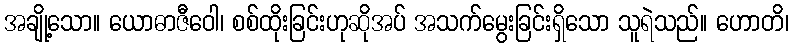
အချို့သော။ ယောဓာဇီဝေါ၊ စစ်ထိုးခြင်းဟုဆိုအပ် အသက်မွေးခြင်းရှိသော သူရဲသည်။ ဟောတိ၊